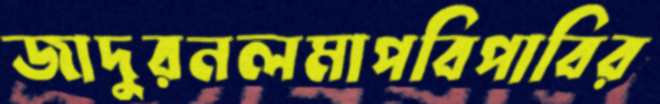
জাদুরনলমাপবিপাবির